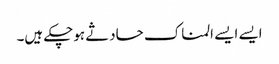
ایسے ایسے المناک حادثے ہوچکے ہیں۔